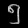
Digit: ၅